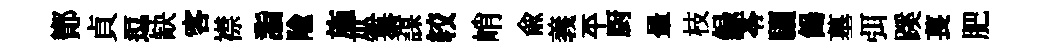
鄼貞逗缺客襟詣隃施巫纂謀较峭俞義平厨暈枝録苓驪餳墓弭蹊萇肥